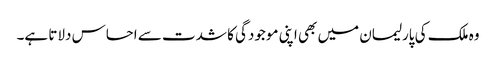
وہ ملک کی پارلیمان میں بھی اپنی موجودگی کا شدت سے احساس دلاتا ہے۔